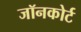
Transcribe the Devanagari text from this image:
जॉनकोर्ट